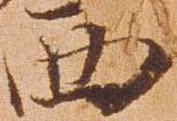
西